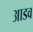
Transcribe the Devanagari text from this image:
आडव